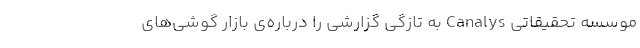
موسسه تحقیقاتی Canalys به تازگی گزارشی را درباره‌ی بازار گوشی‌های